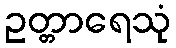
ဥတ္တာရေသုံ